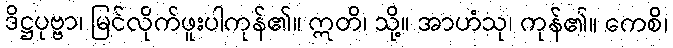
ဒိဋ္ဌပုဗ္ဗာ၊ မြင်လိုက်ဖူးပါကုန်၏။ ဣတိ၊ သို့။ အာဟံသု၊ ကုန်၏။ ကေစိ၊